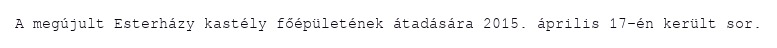
A megújult Esterházy kastély főépületének átadására 2015. április 17-én került sor.